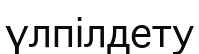
үлпілдету